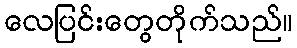
လေပြင်းတွေတိုက်သည်။